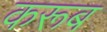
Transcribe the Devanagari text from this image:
करूब